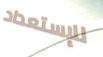
للإستعداد